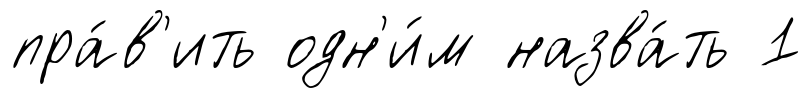
пра́в'ить одн'и́м назва́ть 1